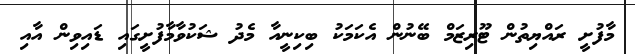
މާފުށީ ރައްޔިތުން ޓޫރިޒަމް ބޭނުން އެކަމަކު ބިކިނީއާ މެދު ޝަކުވާމާފުށީގައި ޑައިވިން އާއި